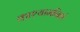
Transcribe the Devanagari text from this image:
काश्यामनिशं